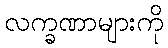
လက္ခဏာများကို